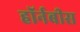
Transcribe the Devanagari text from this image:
हॉर्नबीस